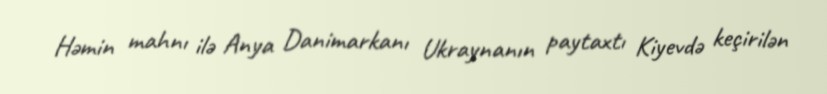
Həmin mahnı ilə Anya Danimarkanı Ukraynanın paytaxtı Kiyevdə keçirilən